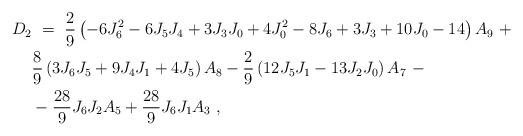
LaTeX: \begin{align*} D_2 &\ =\ \frac{2}{9} \left(- 6 J_6^2 - 6J_5J_4 + 3J_3J_0 + 4 J_0^2 - 8J_6 + 3J_3 + 10 J_0 - 14 \right) A_9\ +\\ & \frac{8}{9} \left(3J_6J_5 + 9J_4J_1 + 4J_5\right) A_8 - \frac{2}{9}\left(12 J_5J_1 - 13 J_2J_0\right) A_7\ -\\ & - \frac{28}{9}J_6J_2 A_5 + \frac{28}{9}J_6J_1 A_3 \ ,\end{align*}